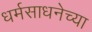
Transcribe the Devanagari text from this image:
धर्मसाधनेच्या